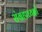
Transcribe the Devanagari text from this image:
संग्रहाध्यक्षों